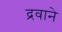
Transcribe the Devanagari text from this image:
द्रवाने